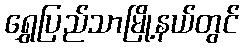
ရွှေပြည်သာမြို့နယ်တွင်